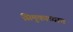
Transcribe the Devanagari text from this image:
सिमुकाच्याच